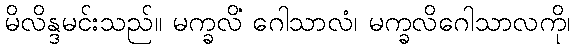
မိလိန္ဒမင်းသည်။ မက္ခလိံ ဂေါသာလံ၊ မက္ခလိဂေါသာလကို၊